Vaccination report Assam 1896-1927 - 1896-1927
Year: 1896
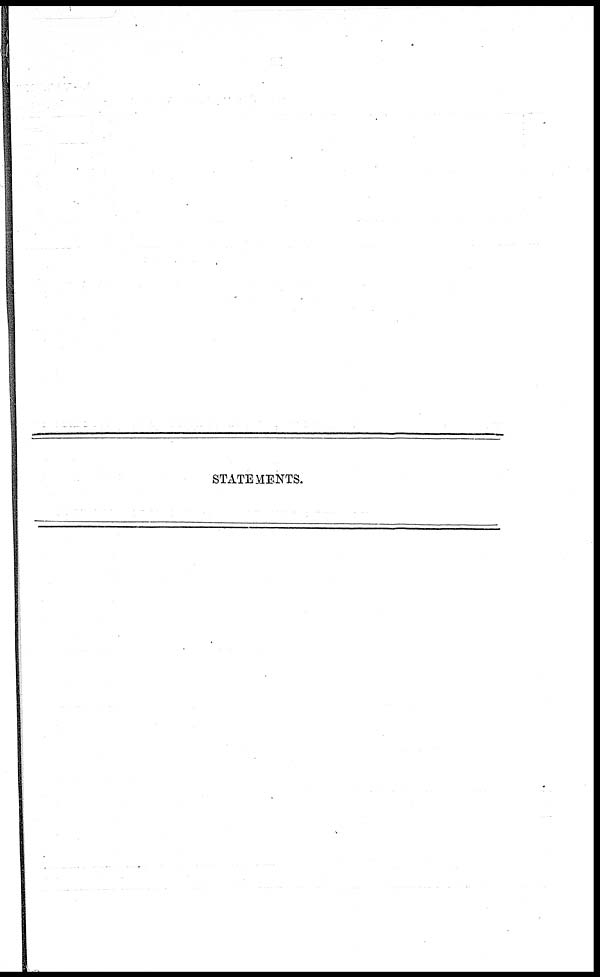
STATEMENTS.